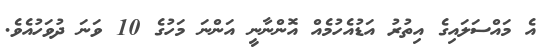
އެ މައްސަލައިގެ އިތުރު އަޑުއެހުމެއް އޮންނާނީ އަންނަ މަހުގެ 10 ވަނަ ދުވަހުއެވެ.